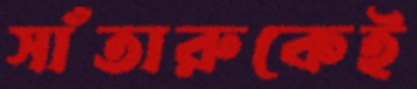
সাঁতারুকেই